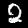
Label: 2